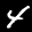
Label: 4